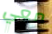
معي